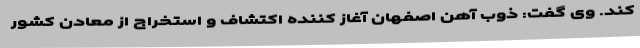
کند. وی گفت: ذوب آهن اصفهان آغاز کننده اکتشاف و استخراج از معادن کشور